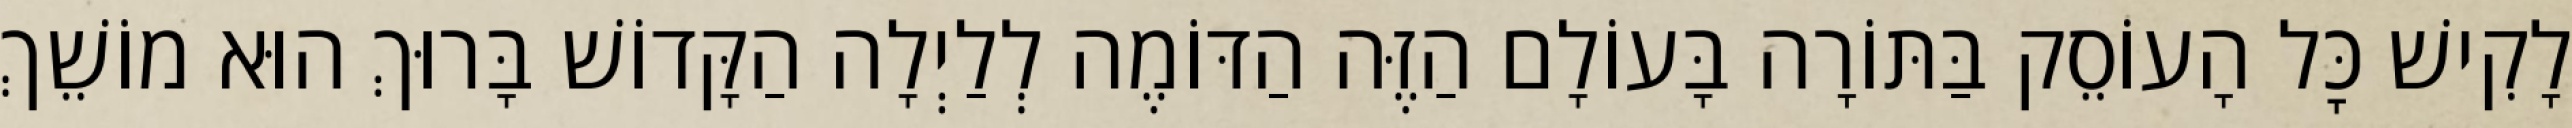
לָקִישׁ כׇּל הָעוֹסֵק בַּתּוֹרָה בָּעוֹלָם הַזֶּה הַדּוֹמֶה לְלַיְלָה הַקָּדוֹשׁ בָּרוּךְ הוּא מוֹשֵׁךְ